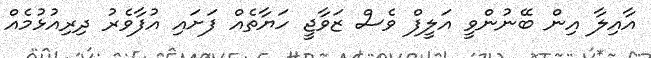
އާއިލާ އިން ބޭނުންވީ އަލީފް ވެސް ޒަވާޖީ ހަޔާތެއް ފަށައި އުފާވެރު ދިރިއުޅުމެއް